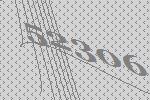
52306